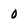
Character: 0